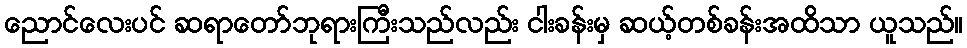
ညောင်လေးပင် ဆရာတော်ဘုရားကြီးသည်လည်း ငါးခန်းမှ ဆယ့်တစ်ခန်းအထိသာ ယူသည်။